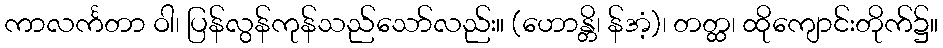
ကာလင်္ကတာ ဝါ၊ ပြန်လွန်ကုန်သည်သော်လည်း။ (ဟောန္တိ၊ န်အံ့)၊ တတ္ထ၊ ထိုကျောင်းတိုက်၌။